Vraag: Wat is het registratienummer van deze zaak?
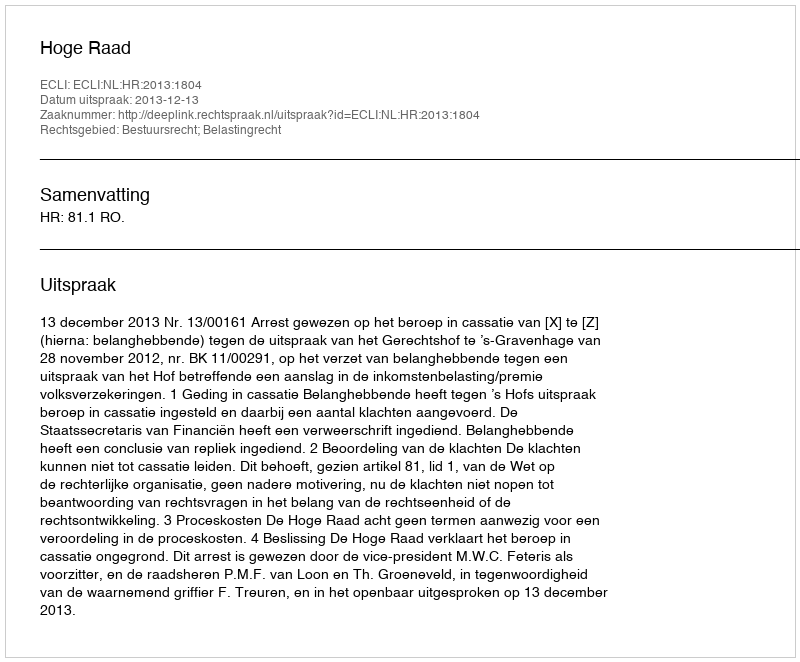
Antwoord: http://deeplink.rechtspraak.nl/uitspraak?id=ECLI:NL:HR:2013:1804